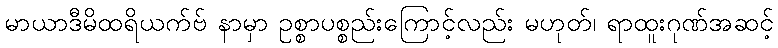
မာယာဒီမိထရိယက်ဗ် နာမှာ ဥစ္စာပစ္စည်းကြောင့်လည်း မဟုတ်၊ ရာထူးဂုဏ်အဆင့်